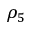
\rho _ { 5 }